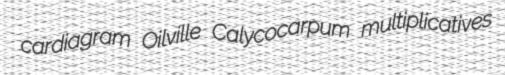
cardiagram Oilville Calycocarpum multiplicatives